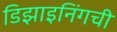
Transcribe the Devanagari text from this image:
डिझाइनिंगची